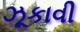
ઝૂકાવી